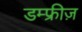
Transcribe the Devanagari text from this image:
डम्फ्रीज़